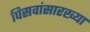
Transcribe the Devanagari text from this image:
पिसवांसारख्या